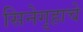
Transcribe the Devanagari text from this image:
सिनेगृहाचे